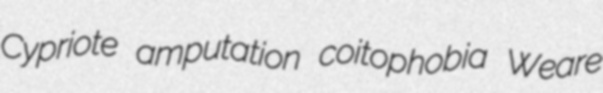
Cypriote amputation coitophobia Weare